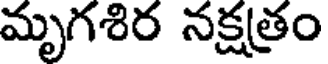
మృగశిర నక్షత్రం